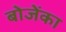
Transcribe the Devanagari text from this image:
बोजेंका